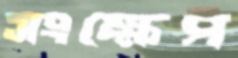
সংক্ষেপ